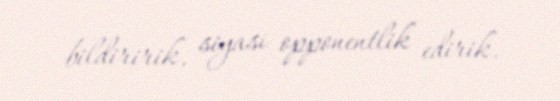
bildiririk, siyasi opponentlik edirik.